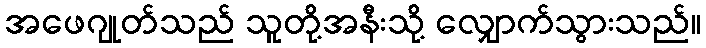
အဖေဂျုတ်သည် သူတို့အနီးသို့ လျှောက်သွားသည်။